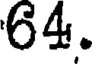
64.